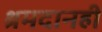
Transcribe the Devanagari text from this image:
श्रमदानही